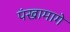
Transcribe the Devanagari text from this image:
पंखामागे